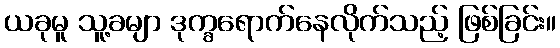
ယခုမူ သူ့ခမျာ ဒုက္ခရောက်နေလိုက်သည့် ဖြစ်ခြင်း။